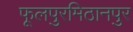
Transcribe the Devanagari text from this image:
फूलपुरमिठानपुर